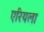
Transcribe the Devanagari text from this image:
एरियला